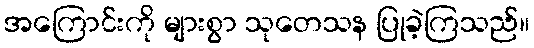
အကြောင်းကို များစွာ သုတေသန ပြုခဲ့ကြသည်။